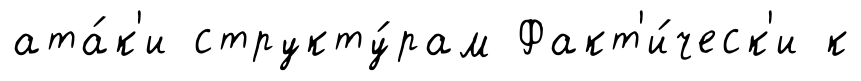
ата́к'и структу́рам Факт'и́ческ'и к